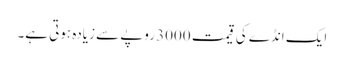
ایک انڈے کی قیمت 3000 روپے سے زیادہ ہوتی ہے۔